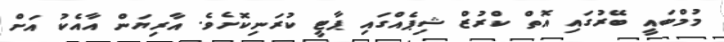
މުމްބައީ ބޭރުގައި އޮތް ކްރުޒް ޝިޕެއްގައި ޕާޓީ ކުރަނިކޮށެވެ. އާރިޔަން އާއެކު އަށް